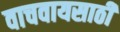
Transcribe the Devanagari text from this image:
वाचवायसाठी